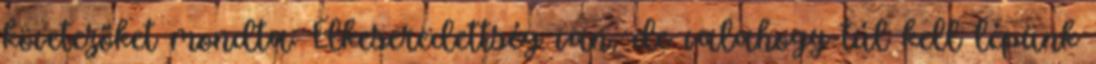
követezőket mondta: Elkeseredettség van, de valahogy túl kell lépünk